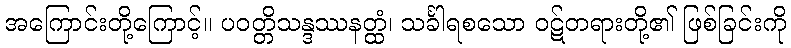
အကြောင်းတို့ကြောင့်။ ပဝတ္တိသန္ဒဿနတ္ထံ၊ သင်္ခါရစသော ဝဋ်တရားတို့၏ ဖြစ်ခြင်းကို